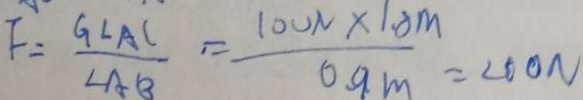
F = \frac { G \angle A C } { \angle A B } = \frac { 1 0 0 N \times 1 . 8 m } { 0 . 9 m } = 2 0 0 N